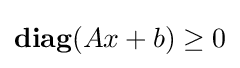
{\textbf {diag}}(Ax+b)\geq 0